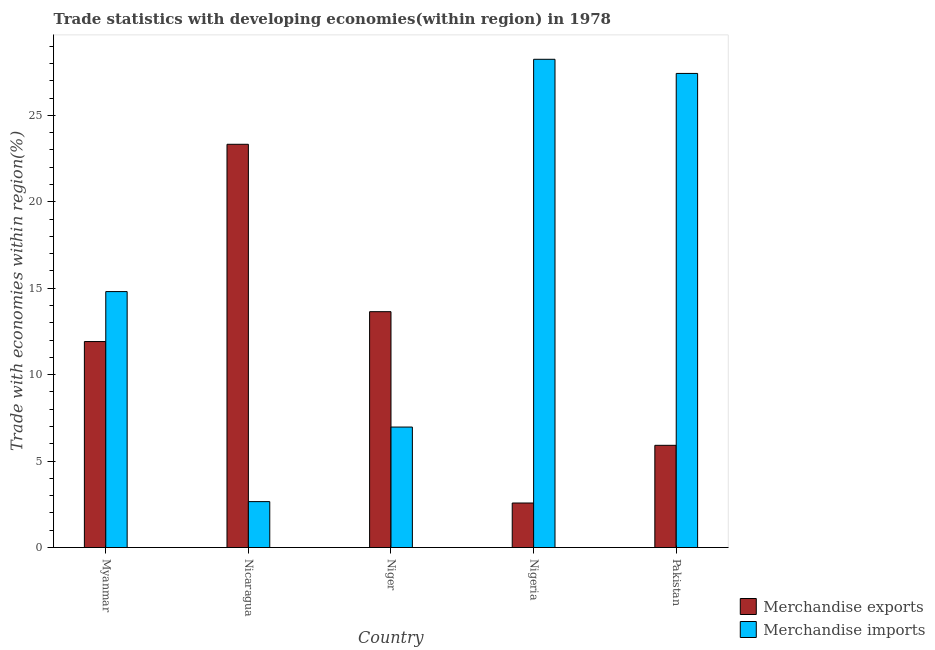
| Country | Merchandise exports | Merchandise imports |
 | --- | --- | --- |
 | Myanmar | 11.9 | 14.8 |
 | Nicaragua | 23.3 | 2.66 |
 | Niger | 13.6 | 6.97 |
 | Nigeria | 2.58 | 28.2 |
 | Pakistan | 5.91 | 27.4 |